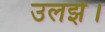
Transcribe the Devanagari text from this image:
उलझे।